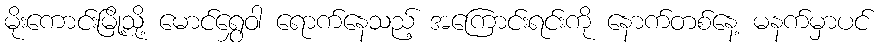
မိုးကောင်းမြို့သို့ မောင်ရွှေဝါ ရောက်နေသည့် အကြောင်းရင်းကို နောက်တစ်နေ့ မနက်မှာပင်